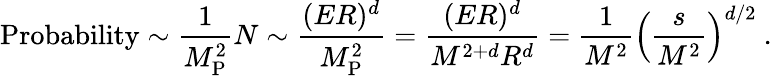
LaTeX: \mathrm{Probability}\sim\frac{1}{M_{\mathrm{P}}^{2}}N\sim\frac{(ER)^{d}}{M_{\mathrm{P}}^{2}}=\frac{(ER)^{d}}{M^{2+d}R^{d}}=\frac{1}{M^{2}}\left(\frac{s}{M^{2}}\right)^{d/2}~.